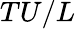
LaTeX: TU/L